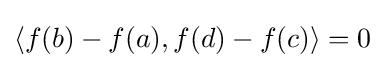
\langle f(b)-f(a),f(d)-f(c)\rangle =0